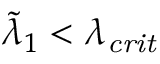
\tilde { \lambda } _ { 1 } < \lambda _ { \mathit { c r i t } }